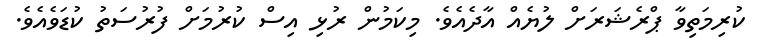
ކުރިމަތިވާ ޕްރެޝަރަށް ލުޔެއް އާދެއެވެ. މިކަމުން ރުޅި އިސް ކުރުމަށް ފުރުސަތު ކުޑަވެއެވެ.